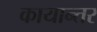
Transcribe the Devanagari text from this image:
कायान्तर